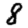
Digit: 8